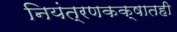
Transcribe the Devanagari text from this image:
नियंत्रणकक्षातही